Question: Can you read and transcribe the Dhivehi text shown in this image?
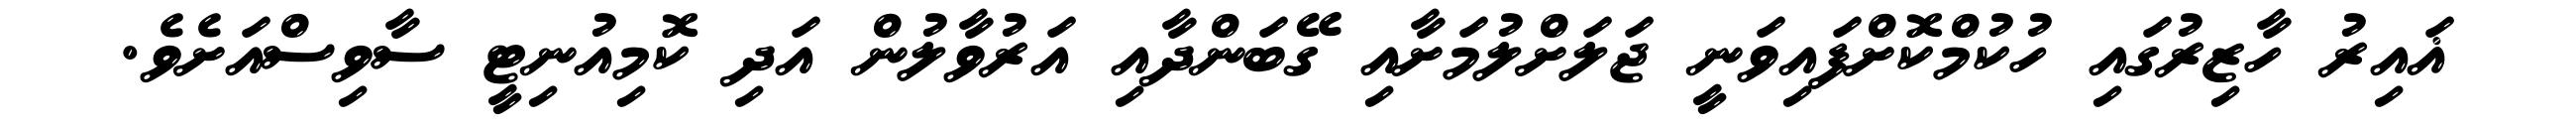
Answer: ޣައިރު ހާޒިރުގައި ހުކުމްކޮށްފައިވަނީ ޖަލަށްލުމަށާއި ގޭބަންދާއި އަރުވާލުން އަދި ކޮމިއުނިޓީ ސާވިސްއަށެވެ.